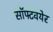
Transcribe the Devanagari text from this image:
सॉफ्टवयेर